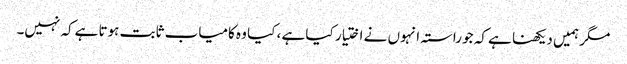
مگر ہمیں دیکھنا ہے کہ جو راستہ انہوں نے اختیار کیا ہے ، کیا وہ کامیاب ثابت ہوتا ہےکہ نہیں۔